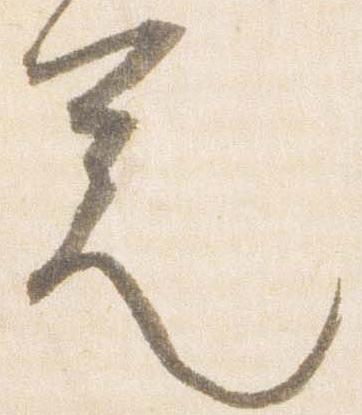
足